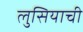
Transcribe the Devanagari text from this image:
लुसियाची